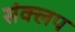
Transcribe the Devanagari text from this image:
संक्लप